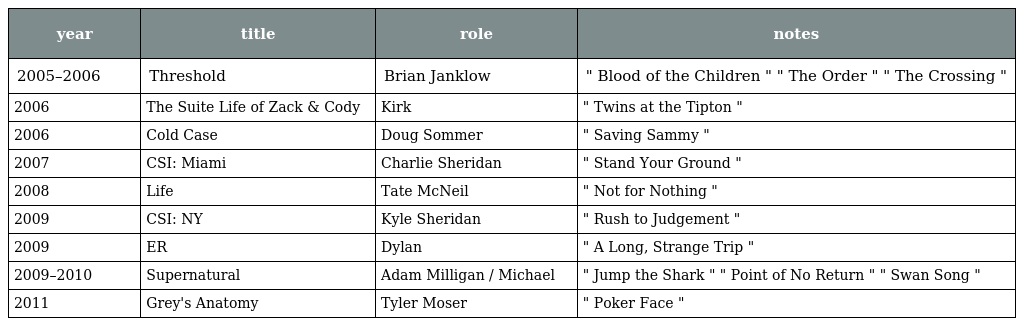
| year | title | role | notes |
 | --- | --- | --- | --- |
 | 2005–2006 | Threshold | Brian Janklow | " Blood of the Children " " The Order " " The Crossing " |
 | 2006 | The Suite Life of Zack & Cody | Kirk | " Twins at the Tipton " |
 | 2006 | Cold Case | Doug Sommer | " Saving Sammy " |
 | 2007 | CSI: Miami | Charlie Sheridan | " Stand Your Ground " |
 | 2008 | Life | Tate McNeil | " Not for Nothing " |
 | 2009 | CSI: NY | Kyle Sheridan | " Rush to Judgement " |
 | 2009 | ER | Dylan | " A Long, Strange Trip " |
 | 2009–2010 | Supernatural | Adam Milligan / Michael | " Jump the Shark " " Point of No Return " " Swan Song " |
 | 2011 | Grey's Anatomy | Tyler Moser | " Poker Face " |